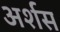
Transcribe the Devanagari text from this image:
अर्शस